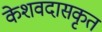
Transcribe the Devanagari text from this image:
केशवदासकृत